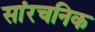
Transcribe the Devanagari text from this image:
सांरचनिक